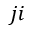
j i